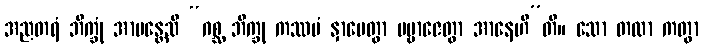
အညတရံ ဘိက္ခုံ အာမန္တေသိ “ဂစ္ဆ ဘိက္ခု ကဿပံ နှာပေတွာ ပဗ္ဗာဇေတွာ အာနေဟီ”တိ။ သော တထာ ကတွာ